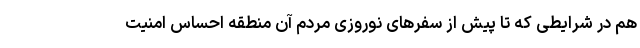
هم در شرایطی که تا پیش از سفرهای نوروزی مردم آن منطقه احساس امنیت